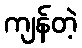
ကျန်တဲ့